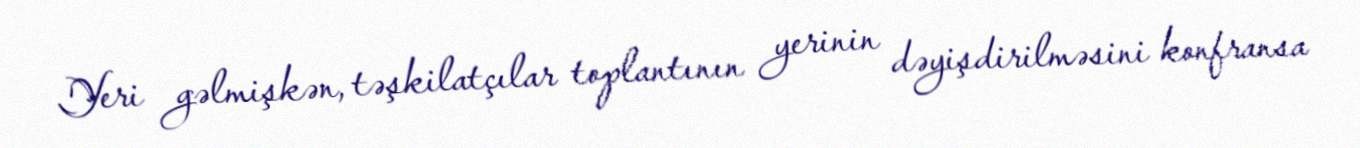
Yeri gəlmişkən, təşkilatçılar toplantının yerinin dəyişdirilməsini konfransa